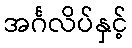
အင်္ဂလိပ်နှင့်